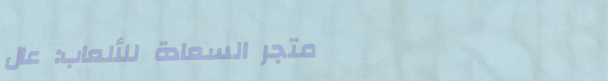
متجر السعادة للألعاب: عال